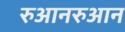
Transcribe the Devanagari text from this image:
रुआनरुआन